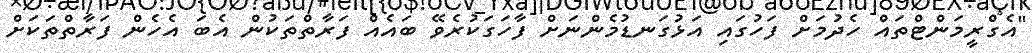
"އެގްރީމަންޓްތައް ހެދުމަށް ފަހުގައި އަޅުގަނޑުމެންނަށް ފާހަގަކުރެވޭ ބައެއް ފަރާތްތަކުން އެބަ އެހެން ފަރާތްތަކަށް